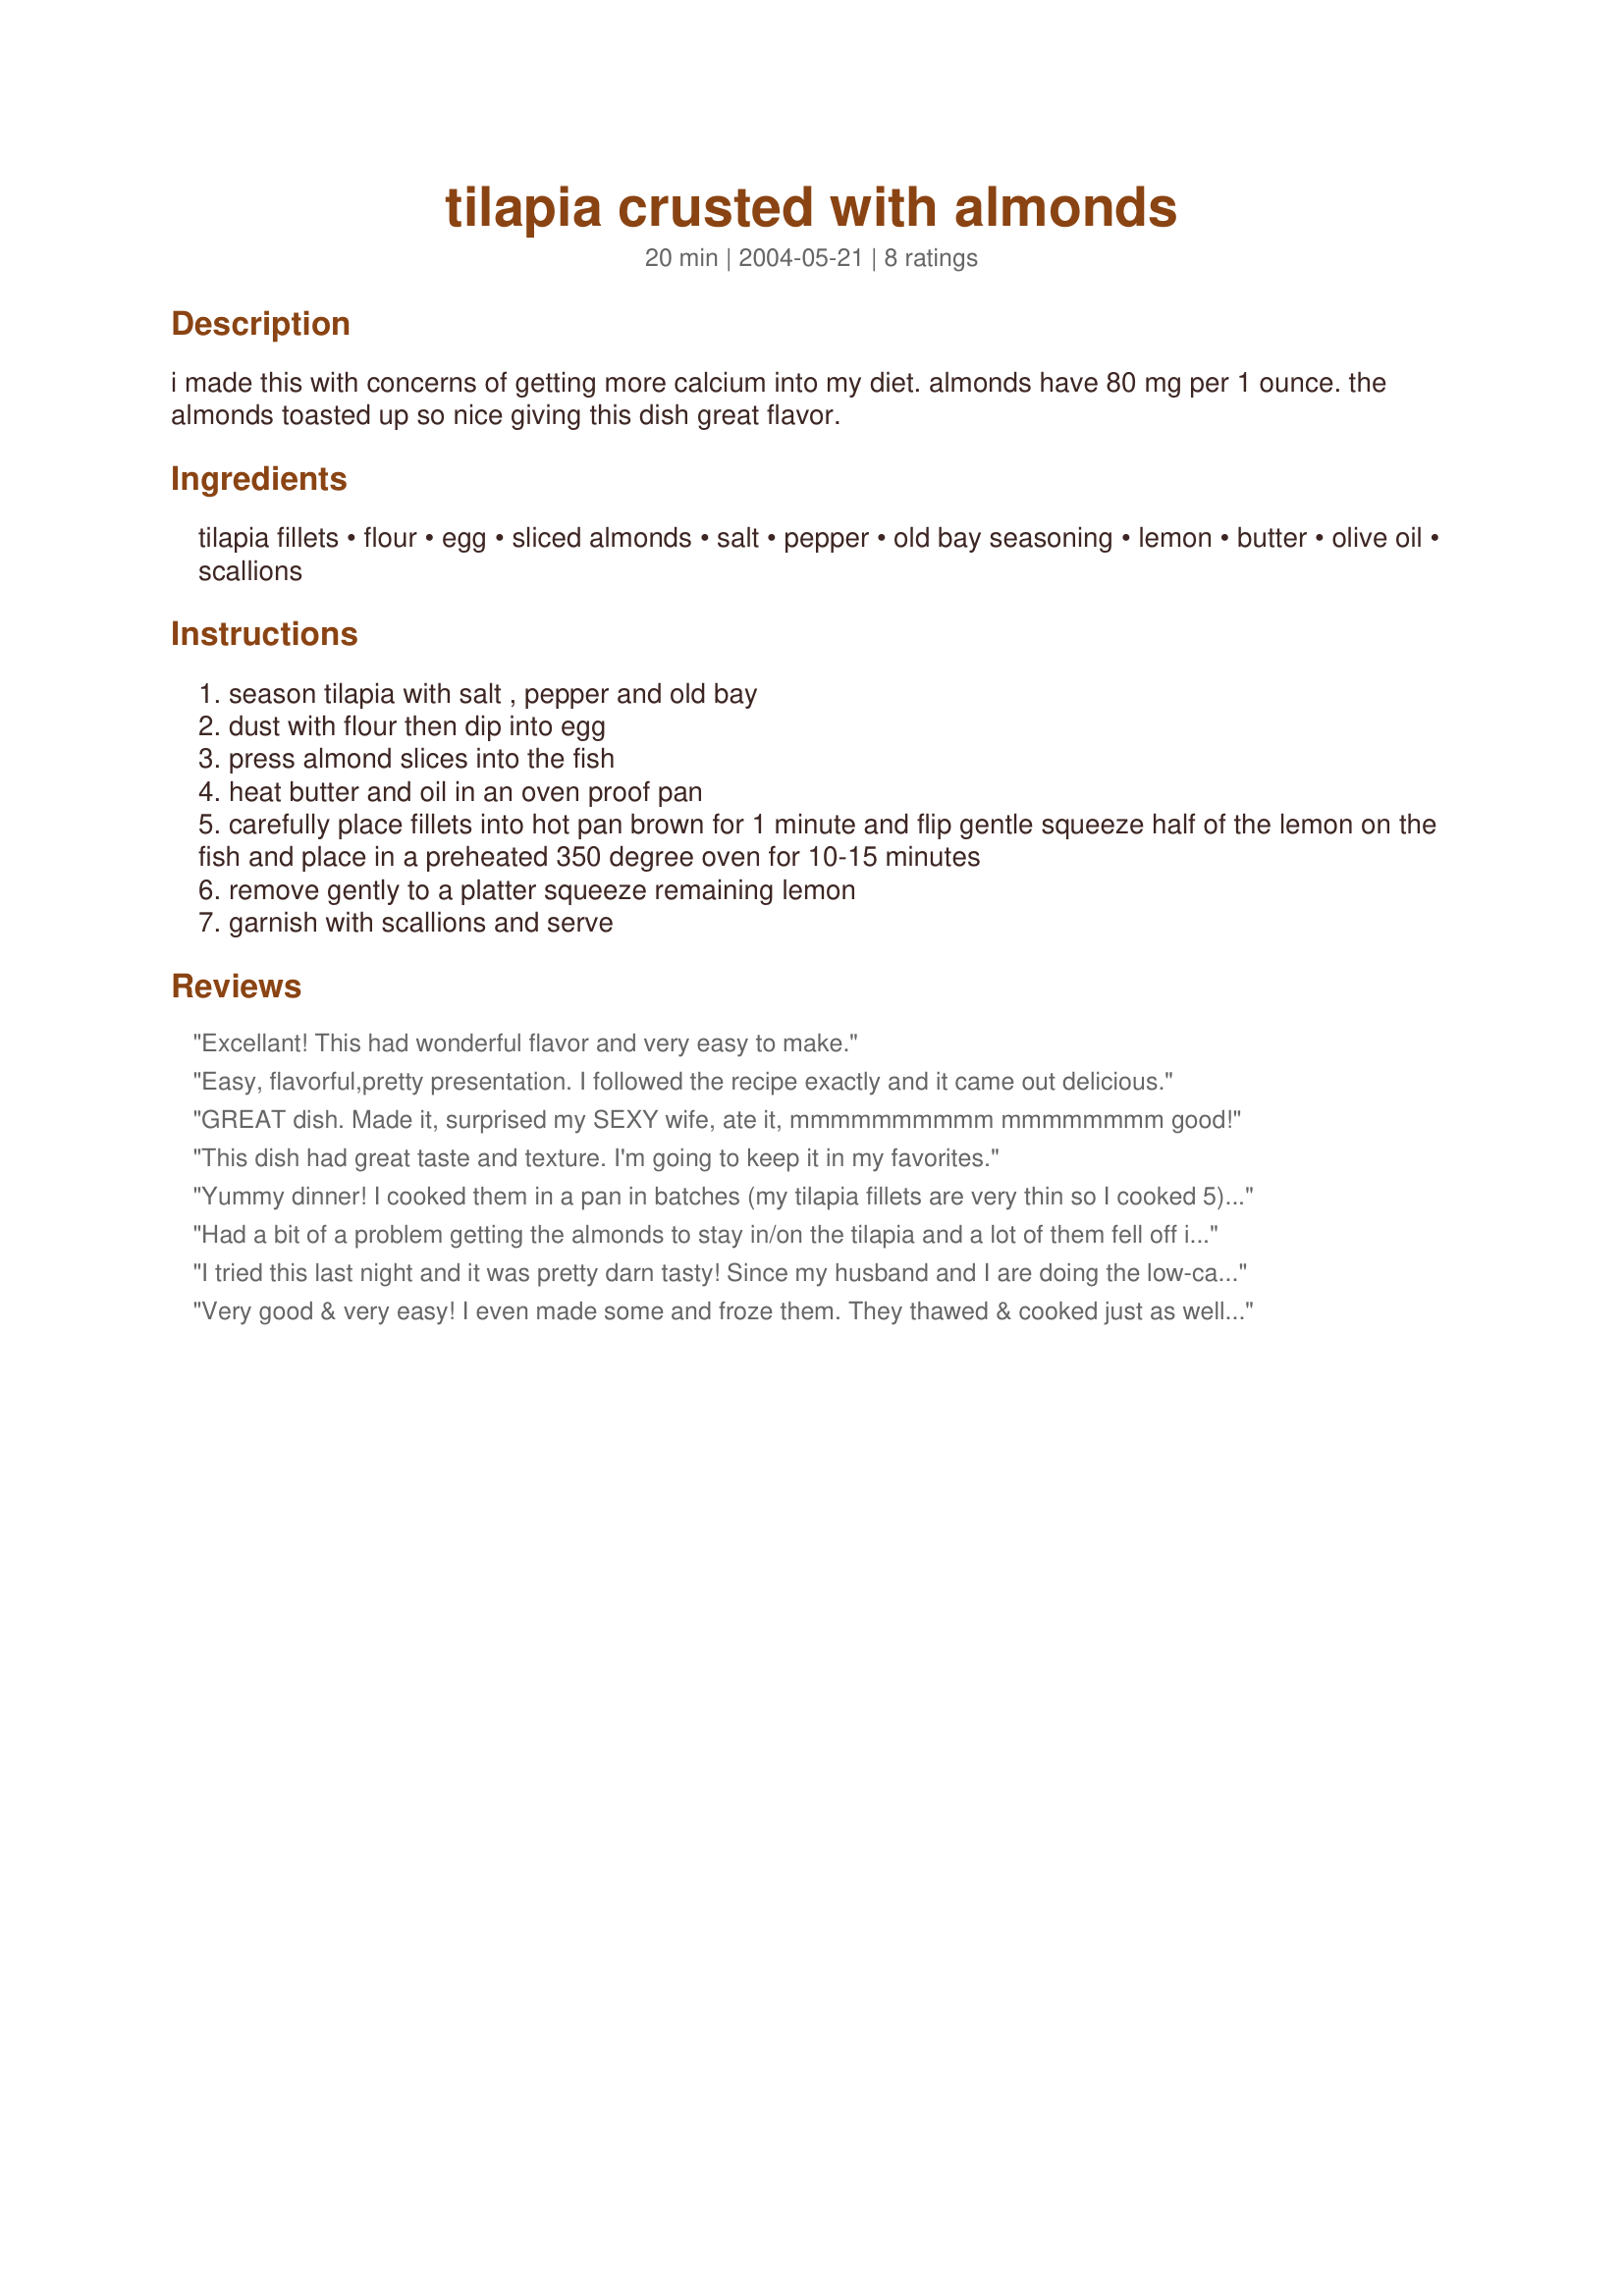
tilapia crusted with almonds
Preparation time: 20 minutes

i made this with concerns of getting more calcium into my diet. almonds have 80 mg per 1 ounce. the almonds toasted up so nice giving this dish great flavor.

Ingredients:
tilapia fillets, flour, egg, sliced almonds, salt, pepper, old bay seasoning, lemon, butter, olive oil, scallions

Steps:
season tilapia with salt , pepper and old bay
dust with flour then dip into egg
press almond slices into the fish
heat butter and oil in an oven proof pan
carefully place fillets into hot pan brown for 1 minute and flip gentle squeeze half of the lemon on the fish and place in a preheated 350 degree oven for 10-15 minutes
remove gently to a platter squeeze remaining lemon
garnish with scallions and serve

Reviews:
Excellant! This had wonderful flavor and very easy to make.
Easy, flavorful,pretty presentation. I followed the recipe exactly and it came out delicious.
GREAT dish. Made it, surprised my SEXY wife, ate it, mmmmmmmmmm mmmmmmmm good!
This dish had great taste and texture. I'm going to keep it in my favorites.
Yummy dinner! I cooked them in a pan in batches (my tilapia fillets are very thin so I cooked 5) and then transfered them to a baking pan. I drizzled what was left in the pan over them. I even forgot the lemon juice and it was excellent!
Had a bit of a problem getting the almonds to stay in/on the tilapia and a lot of them fell off in the pan. Is there a secret to this that I need to know. However it was very good.
I tried this last night and it was pretty darn tasty! Since my husband and I are doing the low-carb thing, I substituted normal flour for soy flour. I really liked how the lemon soaked right into the breading. It was a delight to make and eat! The scallions were a nice way to top the dish and added to the flavors. This is a terrific dish I'll be making again :)
Very good & very easy! I even made some and froze them. They thawed & cooked just as well as the fresh batch.
